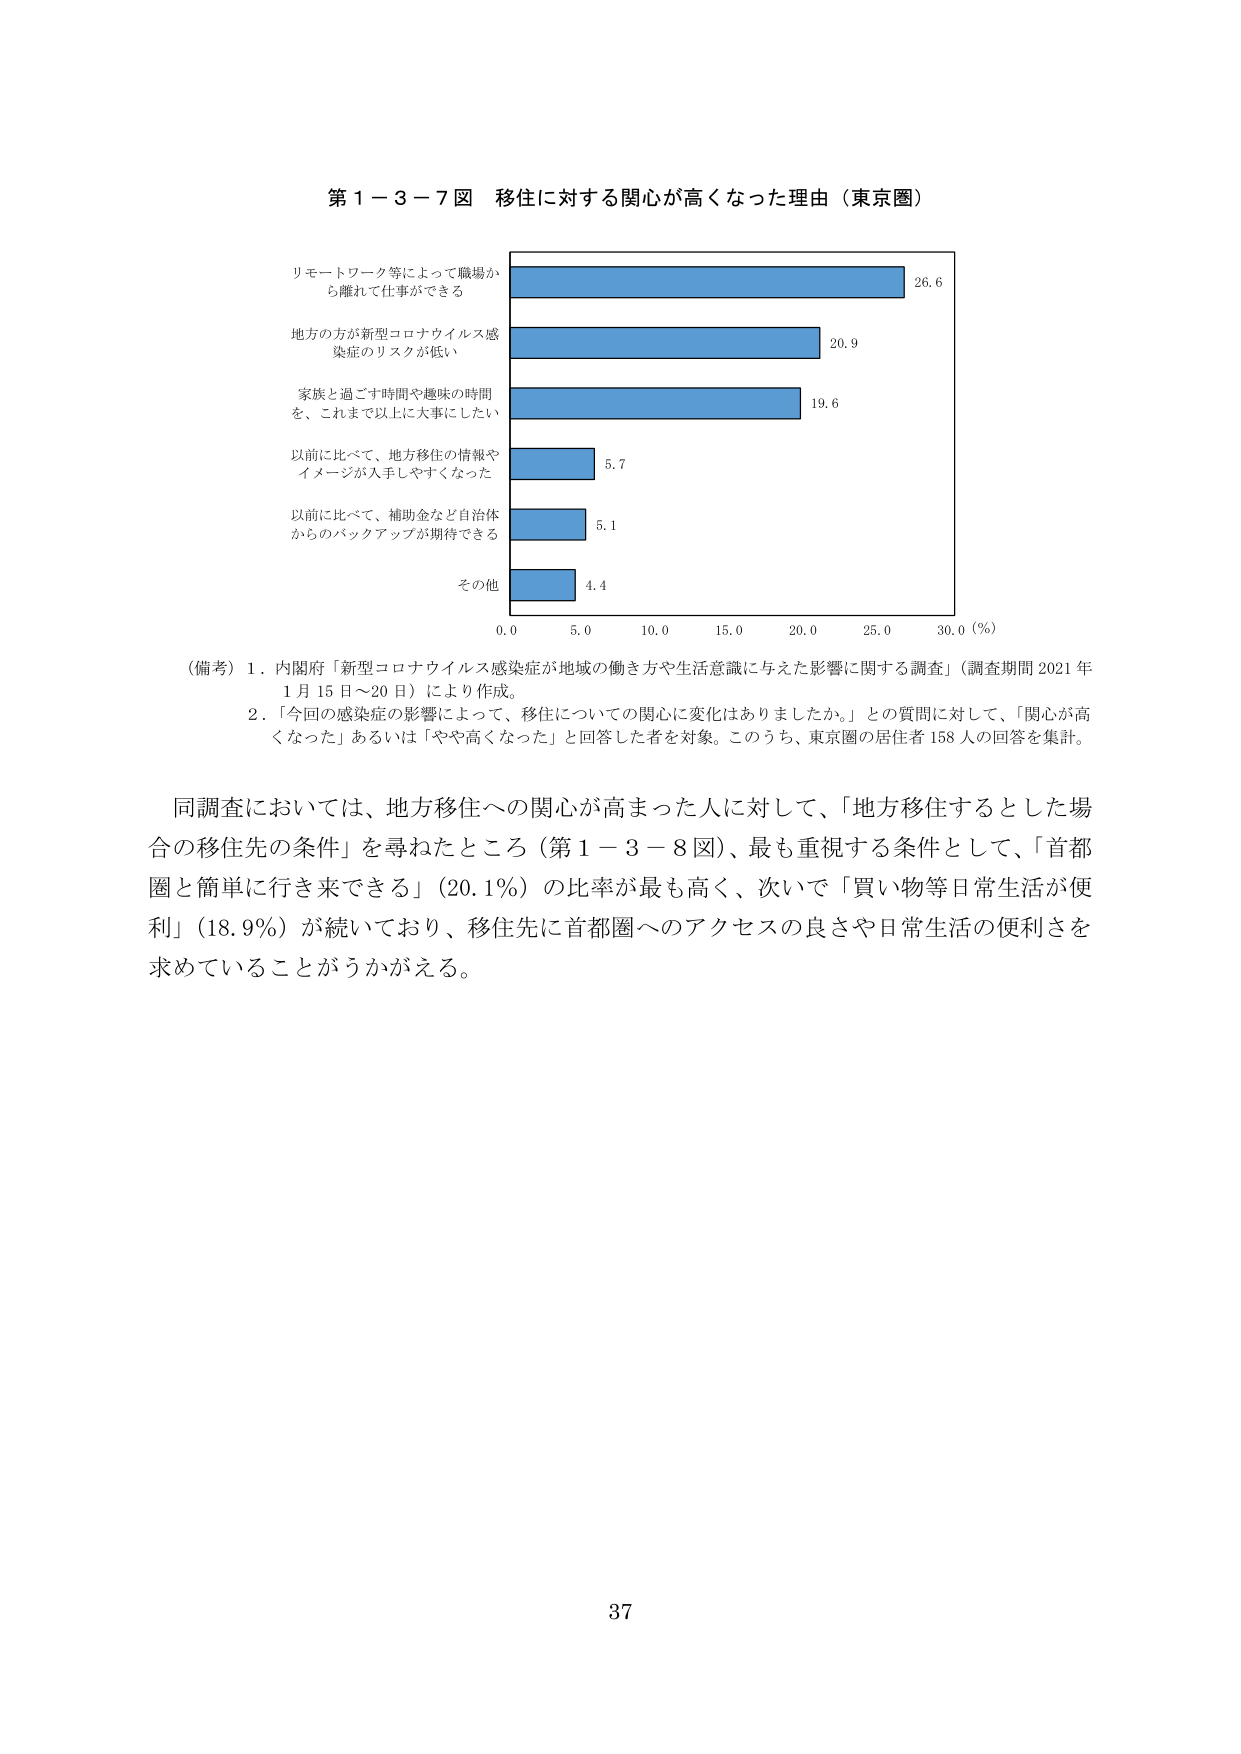
第１－３－７図 移住に対する関心が高くなった理由（東京圏）

リモートワーク等によって職場から離れて仕事ができる 26.6
地方の方が新型コロナウイルス感染症のリスクが低い 20.9
家族と過ごす時間や趣味の時間を、これまで以上に大事にしたい 19.6
以前に比べて、地方移住の情報やイメージが入手しやすくなった 5.7
以前に比べて、補助金など自治体からのバックアップが期待できる 5.1
その他 4.4

0.0 5.0 10.0 15.0 20.0 25.0 30.0 (%)

（備考）1．内閣府「新型コロナウイルス感染症が地域の働き方や生活意識に与えた影響に関する調査」（調査期間 2021年1月15日～20日）により作成。
2．「今回の感染症の影響によって、移住についての関心に変化はありましたか。」との質問に対して、「関心が高くなった」あるいは「やや高くなった」と回答した者を対象。このうち、東京圏の居住者158人の回答を集計。

同調査においては、地方移住への関心が高まった人に対して、「地方移住するとした場合の移住先の条件」を尋ねたところ（第１－３－８図）、最も重視する条件として、「首都圏と簡単に行き来できる」（20.1％）の比率が最も高く、次いで「買い物等日常生活が便利」（18.9％）が続いており、移住先に首都圏へのアクセスの良さや日常生活の便利さを求めていることがうかがえる。

37